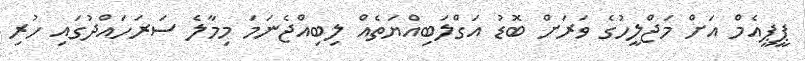
ޕީޕީއެމް އަށް މަޖްލީހުގެ ވަރަށް ބޮޑު އަގްލަބިއްޔަތެއް ލިބިއްޖެނަމަ މިމާލެ ސަރަހައްދުގައި ހުރި